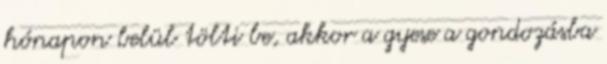
hónapon belül tölti be, akkor a gyese a gondozásba